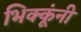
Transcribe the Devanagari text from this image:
भिक्कूंनी